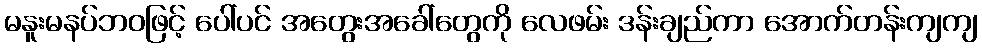
မနူးမနပ်ဘဝဖြင့် ပေါ်ပင် အတွေးအခေါ်တွေကို လေဖမ်း ဒန်းချည်ကာ အောက်တန်းကျကျ